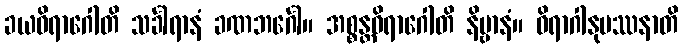
ခယဝိရာဂေါတိ သင်္ခါရာနံ ခဏဘင်္ဂေါ။ အစ္စန္တဝိရာဂေါတိ နိဗ္ဗာနံ။ ဝိရာဂါနုပဿနာတိ